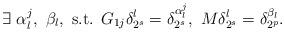
LaTeX: \begin{align*} \exists \ \alpha^j_l,\ \beta_l, \mbox{ s.t. } G_{1j}\delta_{2^{s}}^l=\delta_{2^{s}}^{\alpha^j_l},\ M\delta_{2^{s}}^l=\delta_{2^{p}}^{\beta_l}.\end{align*}